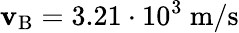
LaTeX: \mathbf{v}_{\mathrm{{B}}}=3.21\cdot10^{3}~\mathrm{{m/s}}